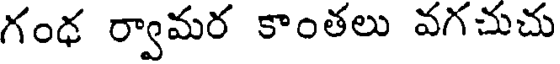
గంధ ర్వామర కాంతలు వగచుచు